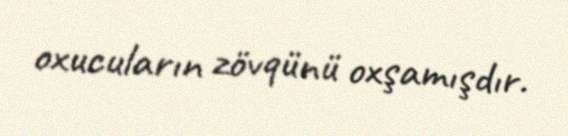
oxucuların zövqünü oxşamışdır.